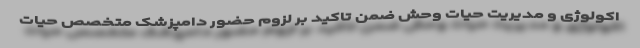
اکولوژی و مدیریت حیات وحش ضمن تاکید بر لزوم حضور دامپزشک متخصص حیات